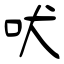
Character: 吠